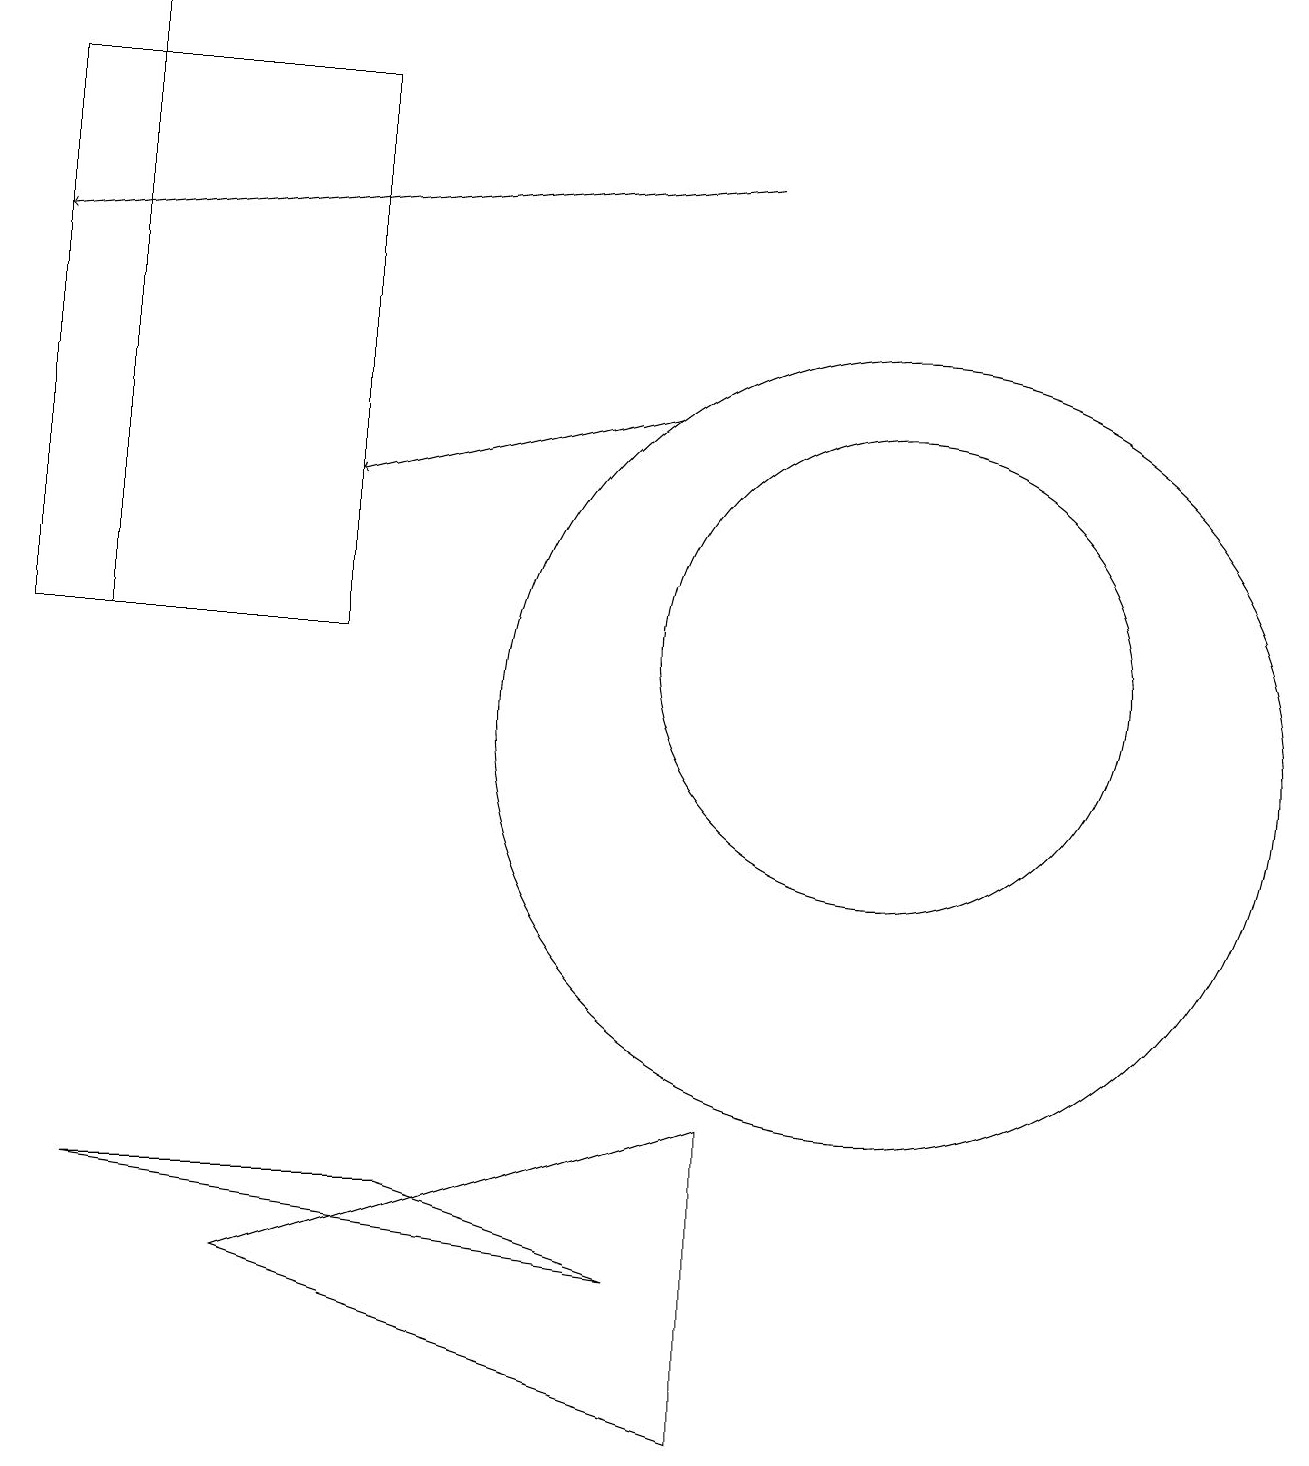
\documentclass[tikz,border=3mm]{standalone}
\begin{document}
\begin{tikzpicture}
\draw[->] (8,14) -- (4,13);
\draw (11,10) circle (5);
\draw[->] (9,17) -- (0,16);
\draw (11,11) circle (3);
\draw (0,18) rectangle (4,11);
\draw (8,3) -- (5,4) -- (1,4) -- cycle;
\draw (9,1) -- (9,5) -- (3,3) -- cycle;
\draw[->] (1,11) -- (1,19);
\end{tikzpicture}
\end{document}